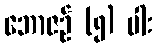
ဘောဇဉ် (၅) ပါး